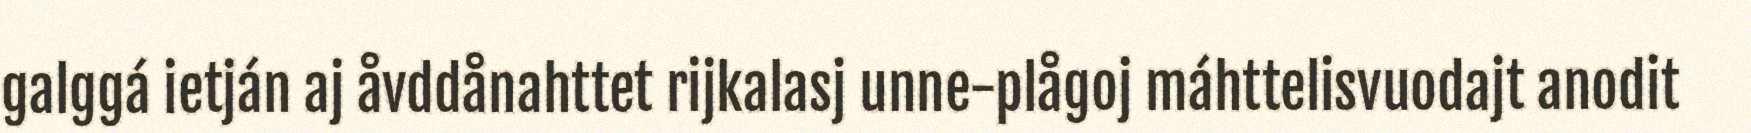
galggá ietján aj åvddånahttet rijkalasj unne-plågoj máhttelisvuodajt anodit